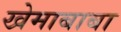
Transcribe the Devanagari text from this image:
खेमाबाबा